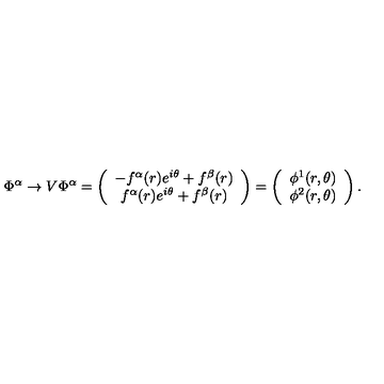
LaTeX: \Phi ^ { \alpha } \rightarrow V \Phi ^ { \alpha } = \left( \begin{array} { c } { - f ^ { \alpha } ( r ) e ^ { i \theta } + f ^ { \beta } ( r ) } \\ { f ^ { \alpha } ( r ) e ^ { i \theta } + f ^ { \beta } ( r ) } \\ \end{array} \right) = \left( \begin{array} { c } { \phi ^ { 1 } ( r , \theta ) } \\ { \phi ^ { 2 } ( r , \theta ) } \\ \end{array} \right) .